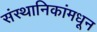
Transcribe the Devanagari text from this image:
संस्थानिकांमधून